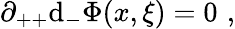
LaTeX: \partial_{++}\mathrm{d}_{-}\Phi(x,\xi)=0\, \, ,